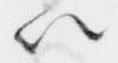
以